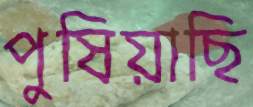
পুষিয়াছি